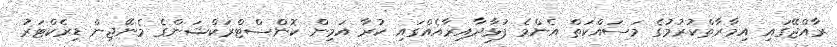
ރާއްޖޭގައި އިމާރާތްކުރުމުގެ މަސައްކަތް އެންމެ ފުޅާދާއިރާއެއްގައި ކުރާ އަމިން ކޮންސްޓްރަކްޝަންގެ މެނޭޖިން ޑިރެކްޓަރު